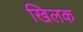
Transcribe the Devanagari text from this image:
खिलक